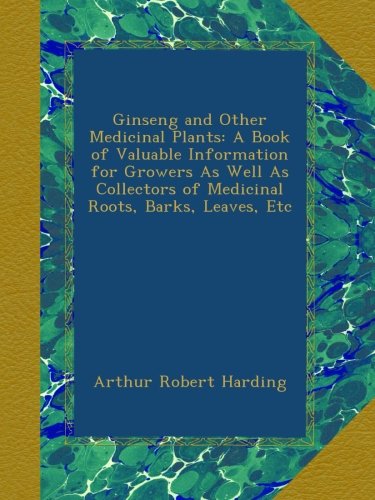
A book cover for Ginseng and Other Medicinal Plants: A Book of Valuable Information for Growers As Well As Collectors of Medicinal Roots, Barks, Leaves, Etc; Arthur Robert Harding; Crafts, Hobbies & Home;